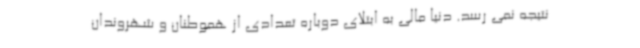
نتیجه نمی رسد. دنیا مالی به ابتلای دوباره تعدادی از هموطنان و شهروندان